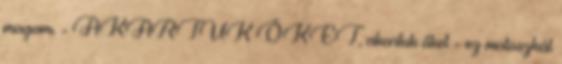
magam. - AKARTUK ŐKET, akartuk őket - ez motoszkál